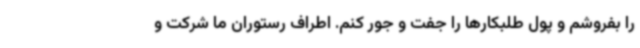
را بفروشم و پول طلبکارها را جفت و جور کنم. اطراف رستوران ما شرکت و